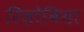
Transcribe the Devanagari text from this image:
रिज़ोबिया